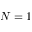
N = 1